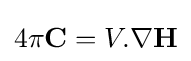
4\pi \mathbf {C} =V.\nabla \mathbf {H}